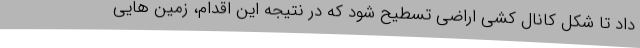
داد تا شکل کانال کشی اراضی تسطیح شود که در نتیجه این اقدام، زمین هایی